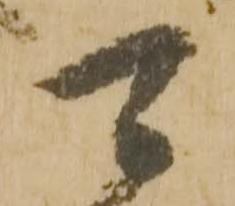
可